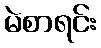
မဲစာရင်း